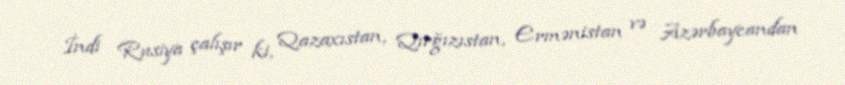
İndi Rusiya çalışır ki, Qazaxıstan, Qırğızıstan, Ermənistan və Azərbaycandan